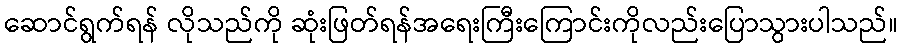
ဆောင်ရွက်ရန် လိုသည်ကို ဆုံးဖြတ်ရန်အရေးကြီးကြောင်းကိုလည်းပြောသွားပါသည်။